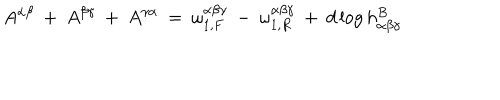
LaTeX: A ^ { \alpha \beta } \: + \: A ^ { \beta \gamma } \: + \: A ^ { \gamma \alpha } \: = \: \omega _ { 1 , F } ^ { \alpha \beta \gamma } \: - \: \omega _ { 1 , R } ^ { \alpha \beta \gamma } \: + \: d \log h _ { \alpha \beta \gamma } ^ { B }